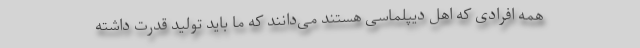
همه افرادی که اهل دیپلماسی هستند می‌دانند که ما باید تولید قدرت داشته